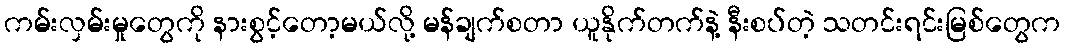
ကမ်းလှမ်းမှုတွေကို နားစွင့်တော့မယ်လို့ မန်ချက်စတာ ယူနိုက်တက်နဲ့ နီးစပ်တဲ့ သတင်းရင်းမြစ်တွေက